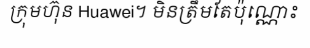
ក្រុមហ៊ុន Huawei។ មិនត្រឹមតែប៉ុណ្ណោះ